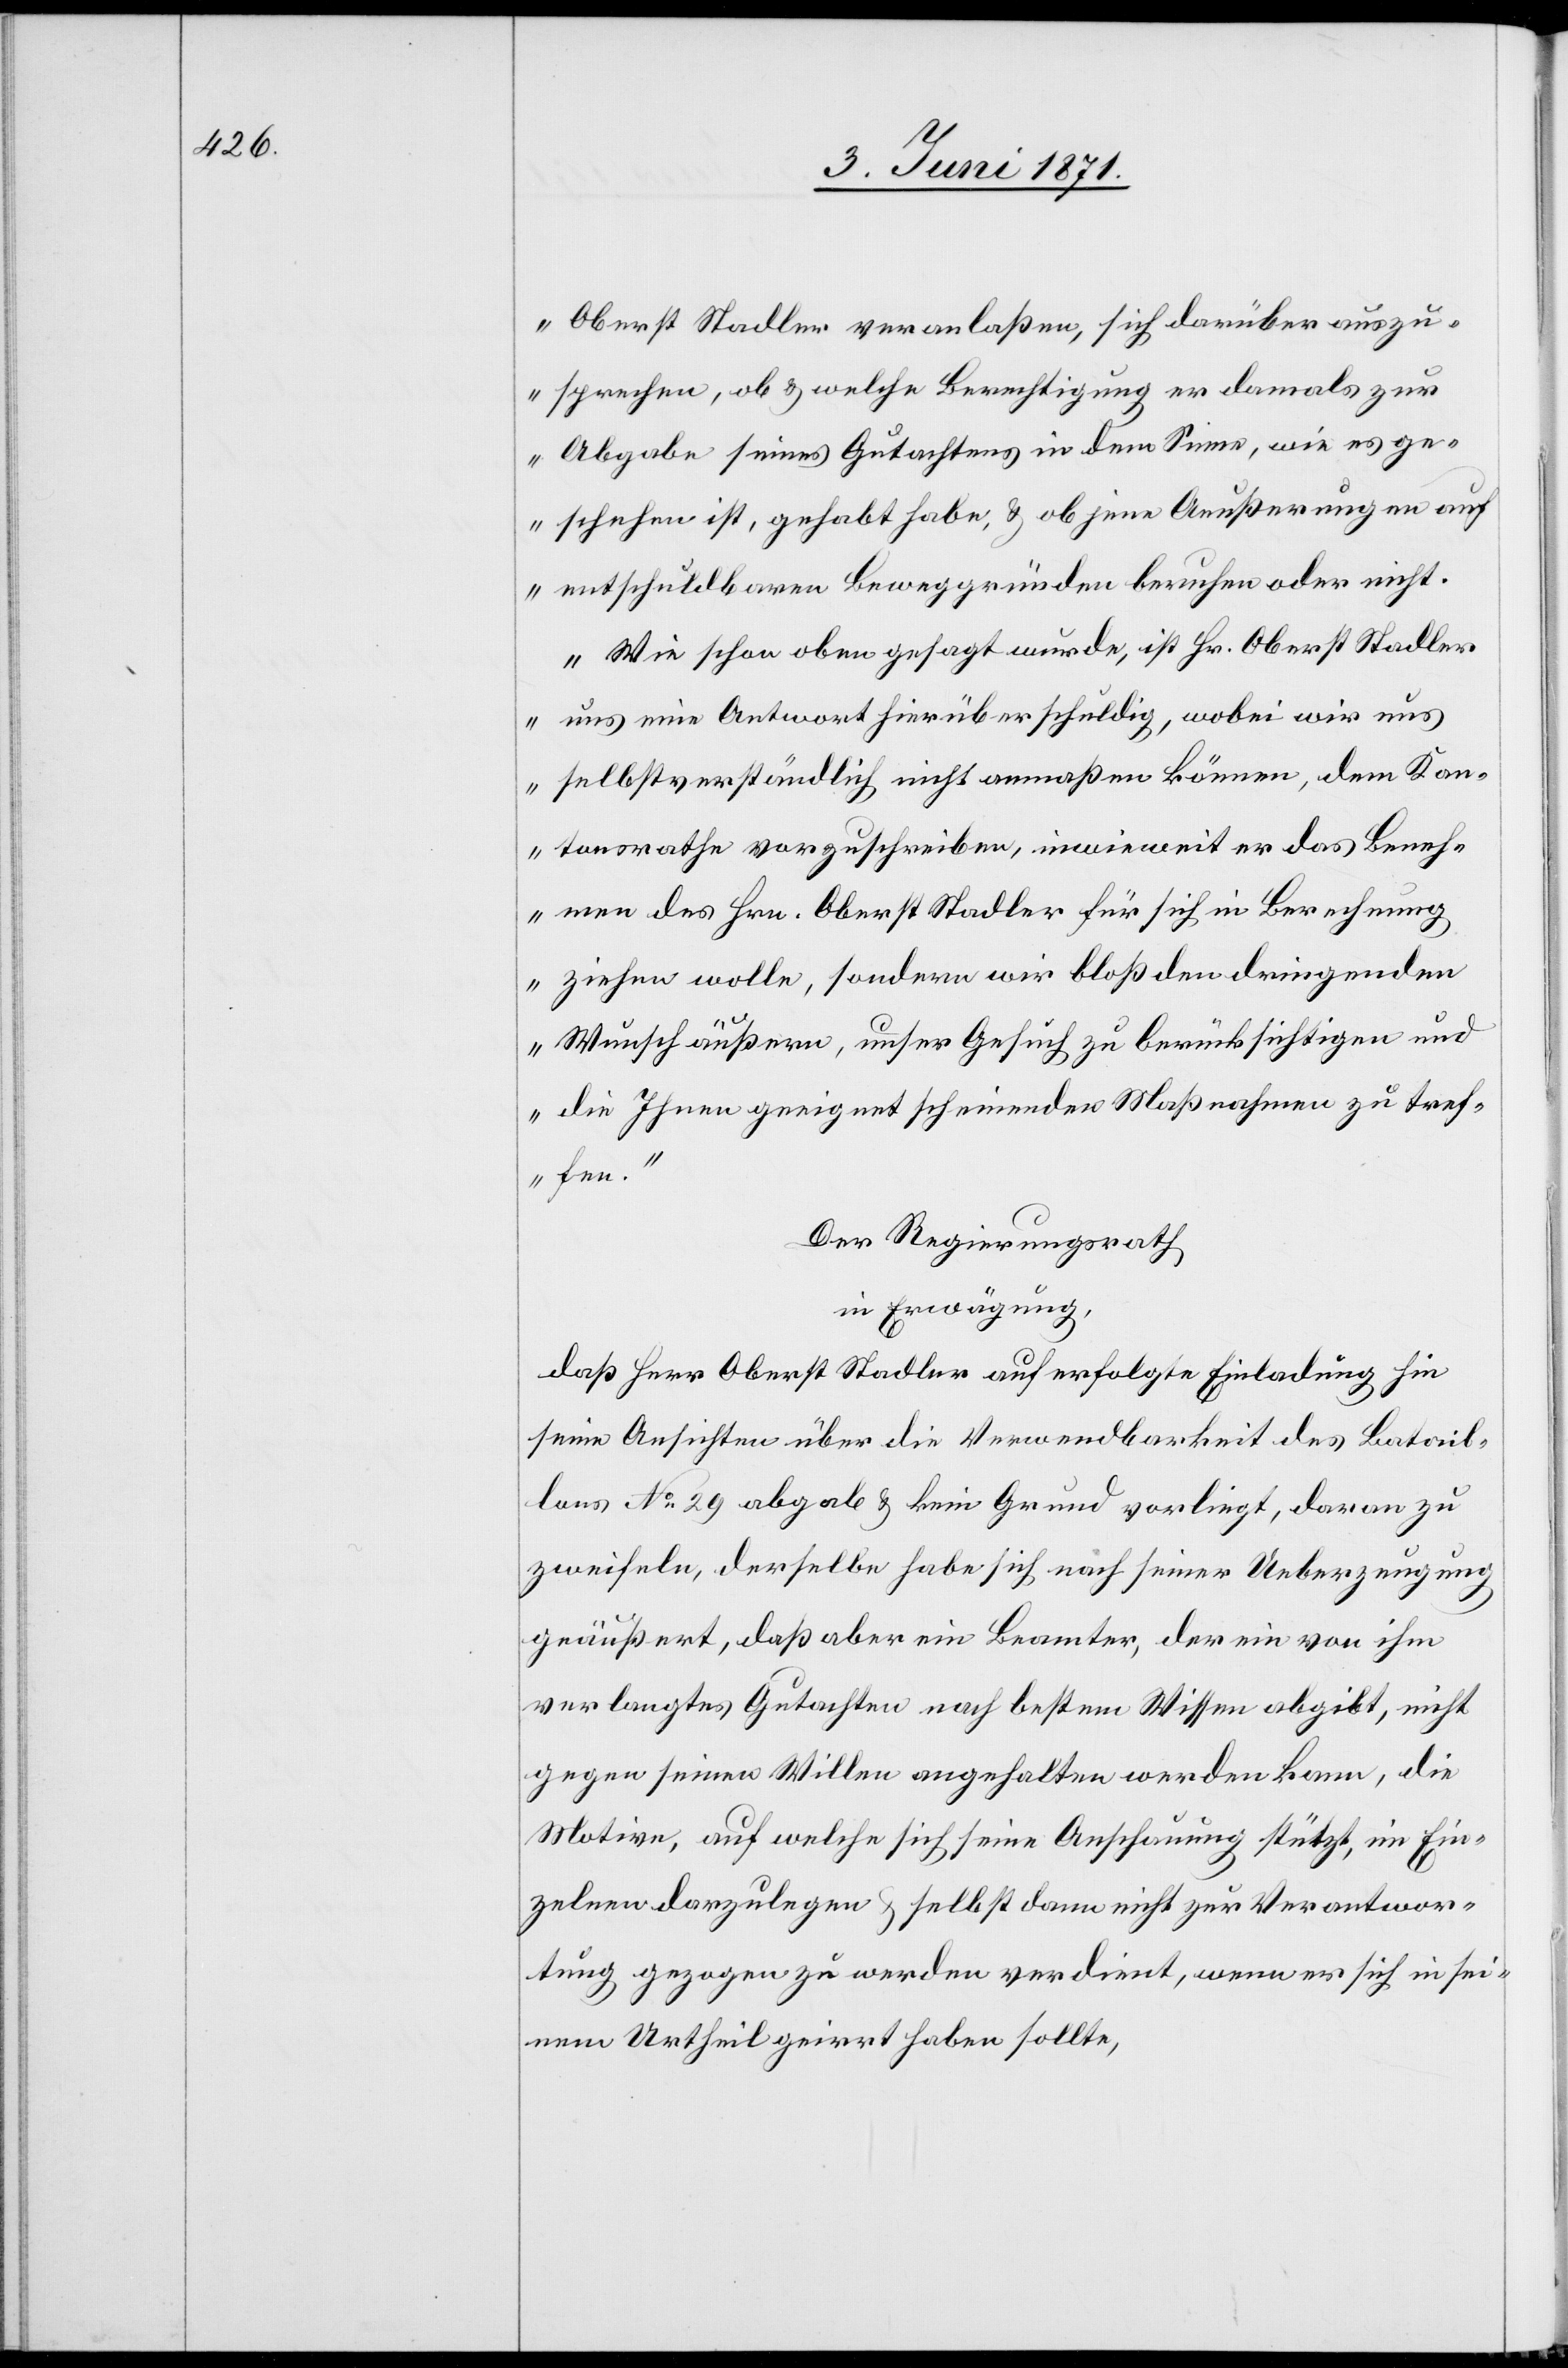
Oberst Stadler veranlaßen, sich darüber auszu¬
sprechen, ob u. welche Berechtigung er damals zur
Abgabe seines Gutachtens in dem Sinne, wie es ge¬
schehen ist, gehabt habe, u. ob jene Aeußerungen auf
entschuldbaren Beweggründen beruhen oder nicht.
Wie schon oben gesagt wurde, ist Hr. Oberst Stadler
uns eine Antwort hierüber schuldig, wobei wir uns
selbstverständlich nicht anmaßen können, dem Kan¬
tonsrathe vorzuschreiben, inwieweit er das Beneh¬
men des Hrn. Oberst Stadler für sich in Berechnung
ziehen wolle, sondern wir bloß den dringenden
Wunsch äußern, unser Gesuch zu berücksichtigen und
die Ihnen geeignet scheinende Maßnahmen zu tref¬
fen.“
Der Regierungsrath
in Erwägung,
daß Herr Oberst Stadler auf erfolgte Einladung hin
seine Ansichten über die Verwendbarkeit des Batail¬
lons No. 29 abgab u. kein Grund vorliegt, daran zu
zweifeln, derselbe habe sich nach seiner Ueberzeugung
geäußert, daß aber ein Beamter, der ein von ihm
verlangtes Gutachten nach bestem Wissen abgibt, nicht
gegen seinen Willen angehalten werden kann, die
Motive, auf welche sich seine Anschauung stützt, im Ein¬
zelnen darzulegen u. selbst dann nicht zur Verantwor¬
tung gezogen zu werden verdient, wenn er sich in sei¬
nem Urtheil geirrt haben sollte,